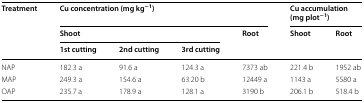
<table><thead><tr><td rowspan="3"><b>Treatment</b></td><td colspan="4"><b>Cu concentration (mg kg<sup>−1</sup>)</b></td><td colspan="2"><b>Cu accumulation (mg plot<sup>−1</sup>)</b></td></tr><tr><td colspan="3"><b>Shoot</b></td><td rowspan="2"><b>Root</b></td><td rowspan="2"><b>Shoot</b></td><td rowspan="2"><b>Root</b></td></tr><tr><td><b>1st cutting</b></td><td><b>2nd cutting</b></td><td><b>3rd cutting</b></td></tr></thead><tbody><tr><td>NAP</td><td>182.3 a</td><td>91.6 a</td><td>124.3 a</td><td>7373 ab</td><td>221.4 b</td><td>1952 ab</td></tr><tr><td>MAP</td><td>249.3 a</td><td>154.6 a</td><td>63.20 b</td><td>12449 a</td><td>1143 a</td><td>5580 a</td></tr><tr><td>OAP</td><td>235.7 a</td><td>178.9 a</td><td>128.1 a</td><td>3190 b</td><td>206.1 b</td><td>518.4 b</td></tr></tbody></table>